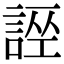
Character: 𧩄